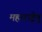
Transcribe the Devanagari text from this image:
महाराष्ट्रेषु